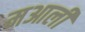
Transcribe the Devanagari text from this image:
मआली